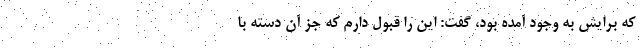
که برایش به وجود آمده بود، گفت: این را قبول دارم که جز آن دسته با